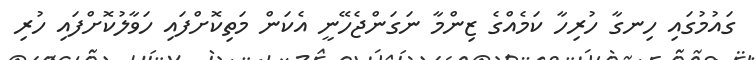
ގައުމުގައި ހިނގާ ހުރިހާ ކަމެއްގެ ޒިންމާ ނަގަންޖެހޭނީ އެކަން މަތިކޮށްފައި ހަވާލުކޮށްފައި ހުރި